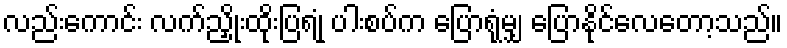
လည်းကောင်း လက်ညှိုးထိုးပြရုံ ပါးစပ်က ပြောရုံမျှ ပြောနိုင်လေတော့သည်။